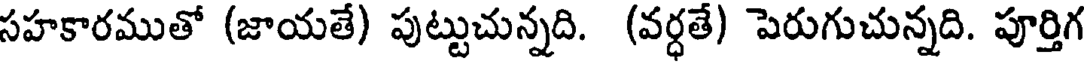
సహకారముతో (జాయతే) పుట్టుచున్నది. (వర్ధతే) పెరుగుచున్నది. పూర్తిగ